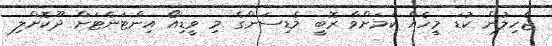
ޖެހިލުން ކުޑަ މީހެއް ކަމަށްވާ ރޮބީ މެޑިސަންގެ މި ވީޑިއޯ އިންޓަނެޓަށް ދޫކޮށްލި